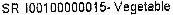
SR I00100000015- VEGETABLE